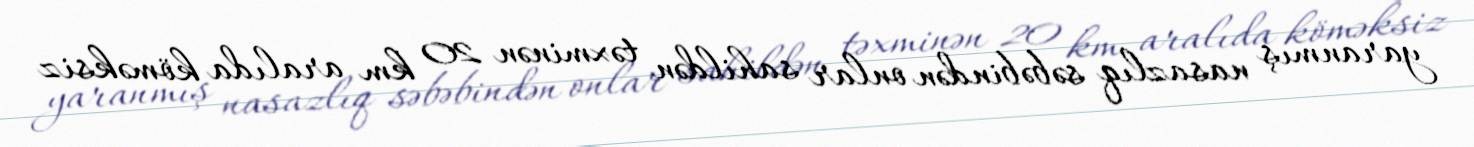
yaranmış nasazlıq səbəbindən onlar sahildən təxminən 20 km aralıda köməksiz